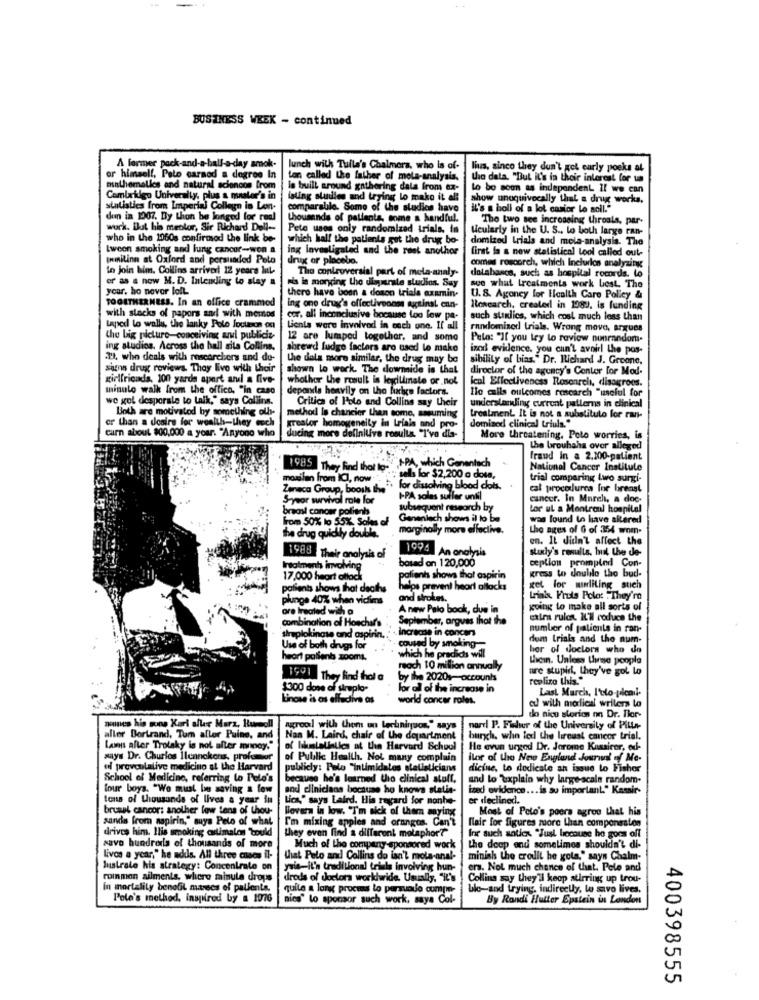
BUSINESS WEEK - continued
A former pack-and-a-ball-a-day amok-
lunch with Tuila's Chalmers, who is of-
lins, sinco they don't get early poeks at
or himself, Pelo caraod a degree In
ton called the father of meta-analysis.
the data. "But it's in their interest for ua
mathematics and natural scioncon from
is built around gathering dala from ex-
Lo bo soon as independent Il we can
Cambridge University, plus a master's in
isting studies and trying lo make it all
show unequivocally that a drug works,
statistics from Imperial College in Len-
comparable. Some of the studies have
it's s holl of a lot casior lo soll."
den in 1007. By thon be longed for real
thousands of patients, some a handful.
"The two see incrossing throals, par-
work. But his mentor, Sir Richard Dell-
Pete uses only randomized trials. in
Heularly in the U. S ., to both large ran-
who in the 1060s confirmod the link be-
which hall the patients gut the drug be-
domized trials and meta-analysis. The
Iweon smoking and lung cancer-won a
ing investigated and the reet anolhor
first fa a new statistical Lool called out-
pomnilinn at Oxford and persuaded Pelo
drug or placebo.
comes roscorch, which Inclurics analyzing
to join bim. Collins arriveri 12 years InL-
The controversial part of mela-analy-
dotabasco, such as hospital rocords. lo
or as a new M. D. Inlending to stay a
ris le morging the disparate studios. Say
see what treatments work best. The
your, ho novor loll
there have been a doson trials examin-
TOGETHER NESS. In an office crammed
U. S. Agoney for Health Care Policy &
ing one drug's effectiveonm sicainst can-
lowearch, created in 1982, is funding
with stacks of papers and with meros
cor. all inconclusive because too low pe-
such standics, which cost much less than
Laped lo walls, the lanky Polo jouteson of
Gienla were involved in esch une. If all
randomized trials. Wrong move, argues
the big picture-conceiving ar publicis-
12 are lumped together, and some
Pela: "If you try to review nunrandom-
ing studios. Across the hall sita Collins,
shrewd fudge factors are used lo make
inn evilence. you can't avoir the pos-
1. who deals with roscorchers and do-
the dala more similar, the drug may be
sibility of bias." Dr. Richard J. Groone,
signs drug reviews. They live with their
shown to work. The downside is that
director of the agency's Center for Mod-
girlfricads, 100 yards apart ard a five-
whothor the result is leyillinate or not
ical Effectiveness Rosenrel, disagrees.
minulo walk from the office, "in caso
deponds heavily on the harige factors.
Ilo calls outcomes research "izseful for
we gol desporale to talk," says Collins.
Critica of Polo and Collins say their
understanding current patterns in clinical
Both are motivated by something olly-
cr than a desire for wealth-they much
method Is chancier then some, assuming
treatment It is not a substituto for ran-
dominod clinical triuls."
carn about $00,000 a year. "Anyone who
calor homogeneity in trials and pro-
ducing more definitive results "I've dia-
More threatening, Poto worries, is
the brouhaha over alleged
1985
"APA, which Genentech
.
fraud in a 2.300-patient
They Find that to-
National Cancer Institute
tells for $2,200 a dosa,
trial comparing Lwo surgi-
moxilan from ICI, now " .. .. for dissolving blood clots.
Zeneca Group, boosts the"
cal procedurca for breast
S-year survival rate for
I-PA solas suller until
cancer. In March, a doe-
breast cancer polienb
subsequent research by
tor ul a Montroul hospital
from 50% lo 55%, Sales of
Genenlach shows il to be
was found to have altered
marginally more effective.
Lhe ages of 6 of :354 wom-
The drug quickly double.
en. It didn't affect the
1994
An analysis
study's results. huil the de-
1988 Their analysis of
based on 120,000
ception prompted Con-
Irsalment involving
17.000 heart attack
patients shows that aspirin
kress to double tho bud-
patients shows that deaths
helps prevent heart allocks
get for marliting_such
plunge 40% when victims
and strokes.
Lias Fruls Polo: . They're
ore treated with a
A new Palo book, due in
going to make all sorts of
combination of Hoschaf's
September, argues that the
calma rulon, IL'l reduce the
increase in concer
number of patients in ran-
siruplokingse and aspirin.
dom trials and the num-
Use of both drugs for
coused by smolting
her of doctors who do
heort pollenb zooms.
which he predicts will
Licin. Unless three people
reach 10 million annually
are stupid, they've got Lo
1991 They find hol a
by the 2020s-accounts
realizo this."
$300 dose of siruplo-
lor all of the increase in
Last Murch, I'dto pical-
Linone is os effudive as
world concar roles.
cu with morlical writers lo
ames his sons Kari aller Marz, Rummell
lo nico stories nn Dr. Tor-
nirood with them on techniquon," says
nord P. Fisher of the University of Pilla-
aller Bertrand, Tum aller Puine, and
Nan M. Laird, chair of the department
burgch. who ted the lireust cancor trial.
Laws after Trotsky is not after money."
of likmlalialles at the Harvard School
He evun urged Dr. Jerome Kussirer, od-
says Dr. Churlos Ilennokons, profumor
of Public Health. Not many complain
ilor of the New England Journal of Me-
ul proveolalive medicino at the Harvard
publicly: Palo "intimidalos statisticians
dicine, to dodicate an issue to Fisher
School of Medicine, referring to Pelo's
because he's learned the clinical stuff.
and lo "Explain why large-scale random-
four boys. "We must be saving a few
and clinicians bocaune ho knows statis-
ized evidence ... is so important." Kassir-
tens of thousands of lives a year in
Lica," says Laird. His regard for monhe-
er declined.
brusel cancor: another low tens of thou-
lovers in low. "Im sick of them saying
Most of Pelo's poers agroe that his
sands from napirin," suya Pelo of what
I'm mixing apples and oranges. Can't
drives him. Ilis smoking astimalen would
they even find a different molaphor?"
flair for figures more than componesten
Inc such antica "Just because he goes off
savo hundreds of thousands of more
Much of the company sponsored work
the deep end sometimes shouldn't di-
livos a year," he adils. All three cosas il-
that Pelo and Collins do ian'l mola-anal-
minish the crodit he gota," says Chalm-
lustrale his strategy: Concentrate on
yuis-it'n traditional trials involving hun-
ers. Not much chance of that. Pole and
moinmon ailments, where minule drops
drods of doctors worldwide. Usually, "it's
Collins say they'll koop stirring up trou-
In mortalily benofil marses of pallents,
quile a long proces to persuade cumpe-
blo-and trying, indirectly, lo sivo lives.
Pele's method, inspired by a 1076
nies" lo sponsor such work, saya Col-
By Rondi Hutter Epstein in London
400398555